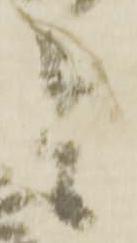
之